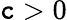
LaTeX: \mathtt{c}>0